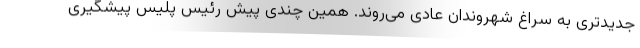
جدیدتری به سراغ شهروندان عادی می‌روند. همین چندی پیش رئیس پلیس پیشگیری